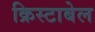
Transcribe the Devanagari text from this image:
क्रिस्टाबेल